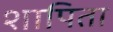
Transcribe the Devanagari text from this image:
शापिता